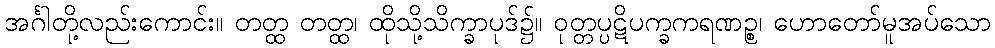
အင်္ဂါတို့လည်းကောင်း။ တတ္ထ တတ္ထ၊ ထိုသို့သိက္ခာပုဒ်၌။ ဝုတ္တပ္ပဋိပက္ခကရဏဉ္စ၊ ဟောတော်မူအပ်သော